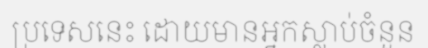
ប្រទេសនេះ ដោយមានអ្នកស្លាប់ចំនួន